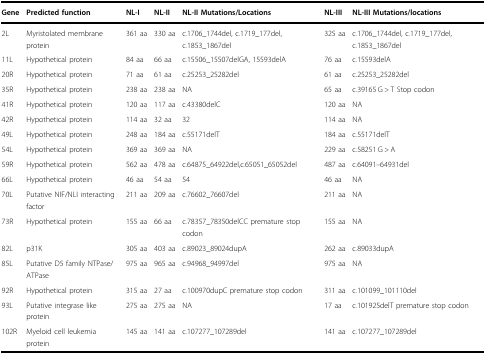
<table><thead><tr><td><b>Gene</b></td><td><b>Predicted function</b></td><td><b>NL-I</b></td><td><b>NL-II</b></td><td><b>NL-II Mutations/Locations</b></td><td><b>NL-III</b></td><td><b>NL-III Mutations/locations</b></td></tr></thead><tbody><tr><td>2L</td><td>Myristolated membrane protein</td><td>361 aa</td><td>330 aa</td><td>c.1706_1744del, c.1719_177del, c.1853_1867del</td><td>325 aa</td><td>c.1706_1744del, c.1719_177del, c.1853_1867del</td></tr><tr><td>11L</td><td>Hypothetical protein</td><td>84 aa</td><td>66 aa</td><td>c.15506_15507delGA, 15593delA</td><td>76 aa</td><td>c.15593delA</td></tr><tr><td>20R</td><td>Hypothetical protein</td><td>71 aa</td><td>61 aa</td><td>c.25253_25282del</td><td>61 aa</td><td>c.25253_25282del</td></tr><tr><td>35R</td><td>Hypothetical protein</td><td>238 aa</td><td>238 aa</td><td>NA</td><td>65 aa</td><td>c.39165 G &gt; T Stop codon</td></tr><tr><td>41R</td><td>Hypothetical protein</td><td>120 aa</td><td>117 aa</td><td>c.43380delC</td><td>120 aa</td><td>NA</td></tr><tr><td>42R</td><td>Hypothetical protein</td><td>114 aa</td><td>32 aa</td><td>32</td><td>114 aa</td><td>NA</td></tr><tr><td>49L</td><td>Hypothetical protein</td><td>248 aa</td><td>184 aa</td><td>c.55171delT</td><td>184 aa</td><td>c.55171delT</td></tr><tr><td>54L</td><td>Hypothetical protein</td><td>369 aa</td><td>369 aa</td><td>NA</td><td>229 aa</td><td>c.58251 G &gt; A</td></tr><tr><td>59R</td><td>Hypothetical protein</td><td>562 aa</td><td>478 aa</td><td>c.64875_64922del,c.65051_65052del</td><td>487 aa</td><td>c.64091–64931del</td></tr><tr><td>66L</td><td>Hypothetical protein</td><td>46 aa</td><td>54 aa</td><td>54</td><td>46 aa</td><td>NA</td></tr><tr><td>70L</td><td>Putative NIF/NLI interacting factor</td><td>211 aa</td><td>209 aa</td><td>c.76602_76607del</td><td>211 aa</td><td>NA</td></tr><tr><td>73R</td><td>Hypothetical protein</td><td>155 aa</td><td>66 aa</td><td>c.78357_78350delCC premature stop codon</td><td>155 aa</td><td>NA</td></tr><tr><td>82L</td><td>p31K</td><td>305 aa</td><td>403 aa</td><td>c.89023_89024dupA</td><td>262 aa</td><td>c.89033dupA</td></tr><tr><td>85L</td><td>Putative D5 family NTPase/ATPase</td><td>975 aa</td><td>965 aa</td><td>c.94968_94997del</td><td>975 aa</td><td>NA</td></tr><tr><td>92R</td><td>Hypothetical protein</td><td>315 aa</td><td>27 aa</td><td>c.100970dupC premature stop codon</td><td>311 aa</td><td>c.101099_101110del</td></tr><tr><td>93L</td><td>Putative integrase like protein</td><td>275 aa</td><td>275 aa</td><td>NA</td><td>17 aa</td><td>c.101925delT premature stop codon</td></tr><tr><td>102R</td><td>Myeloid cell leukemia protein</td><td>145 aa</td><td>141 aa</td><td>c.107277_107289del</td><td>141 aa</td><td>c.107277_107289del</td></tr></tbody></table>